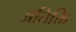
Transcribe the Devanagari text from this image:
अतिक्ति